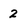
Character: 2